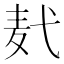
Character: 𪎈